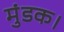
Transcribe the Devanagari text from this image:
मुंडक।